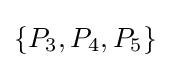
\{P_{3},P_{4},P_{5}\}